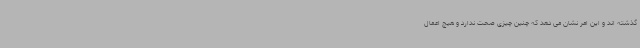
گذشته اند و این امر نشان می دهد که چنین چیزی صحت ندارد و هیچ اعمال